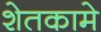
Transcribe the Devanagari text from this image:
शेतकामे